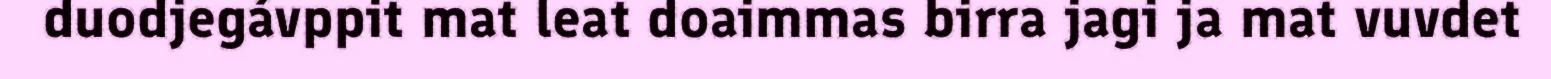
duodjegávppit mat leat doaimmas birra jagi ja mat vuvdet